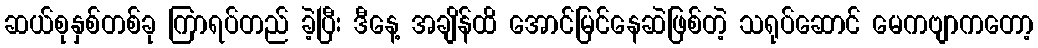
ဆယ်စုနှစ်တစ်ခု ကြာရပ်တည် ခဲ့ပြီး ဒီနေ့ အချိန်ထိ အောင်မြင်နေဆဲဖြစ်တဲ့ သရုပ်ဆောင် မေကဗျာကတော့